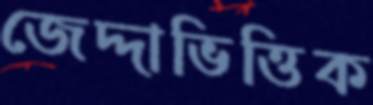
জেদ্দাভিত্তিক